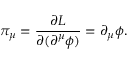
\pi _ { \mu } = \frac { \partial { \cal L } } { \partial ( \partial ^ { \mu } \phi ) } = \partial _ { \mu } \phi .